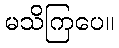
မသိကြပေ။